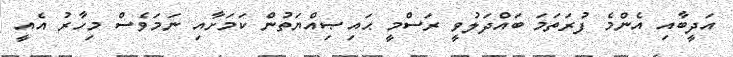
އަދީބާއި އެންމެ ފުރަތަމަ ބައްދަލުވީ ރަސްމީ ޙައިޞިއްޔަތުން ކަމަށާއި ނަމަވެސް މިހާރު އެއީ